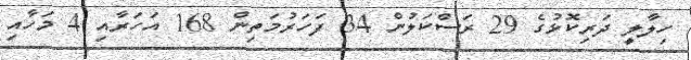
ހިލާލީ ދަރިކޮޅުގެ 29 ރަސްކަލުން 34 ފަހަރުމަތިން 168 އަހަރާއި 4 މަހާއި